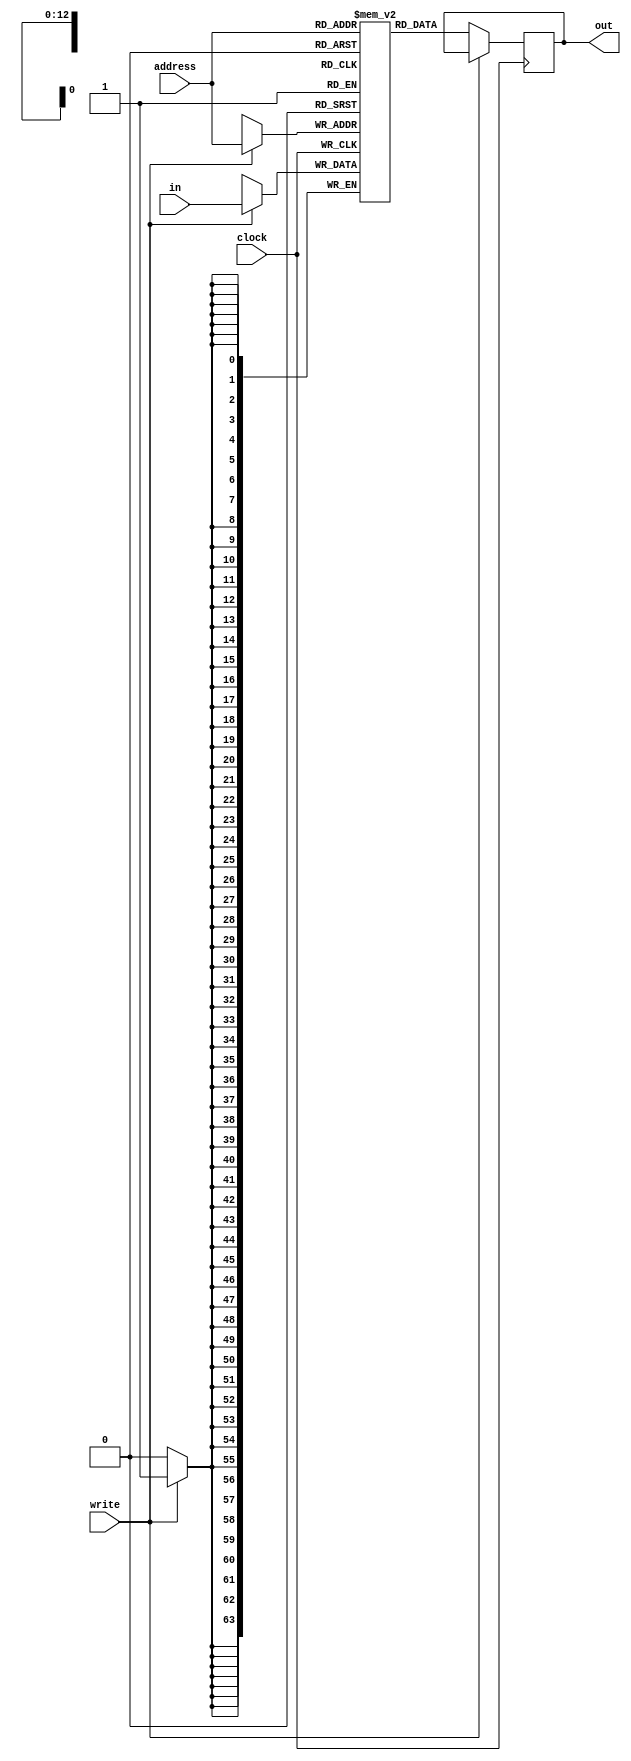
module ram(address, clock, in, write, out);
    input [12:0] address;
    input clock;
    input [63:0] in;
    input write;

    output reg [63:0] out;

    parameter memory_words = 5000; //needs to actually be more like 6000

    reg [63:0] mem [0:memory_words-1];

    always @ (posedge clock) begin
        if (write) begin
            mem[address] <= in;
        end
    end

    always @ (posedge clock) begin
        if (!write) begin
            out <= mem[address];
        end
    end

endmodule